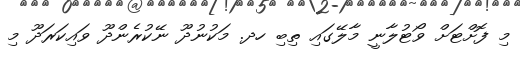
މި ފޮށްޓަށް ވޯޓުލާނީ މާލޭގައި ތިބި ހދ. މަކުނުދޫ ނޭކުރެންދޫ ވައިކަރަދޫ މި